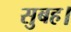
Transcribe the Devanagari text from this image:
सुबह।